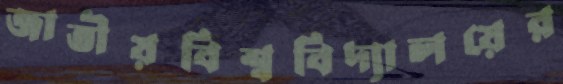
জাতীয়বিশ্ববিদ্যালয়ের